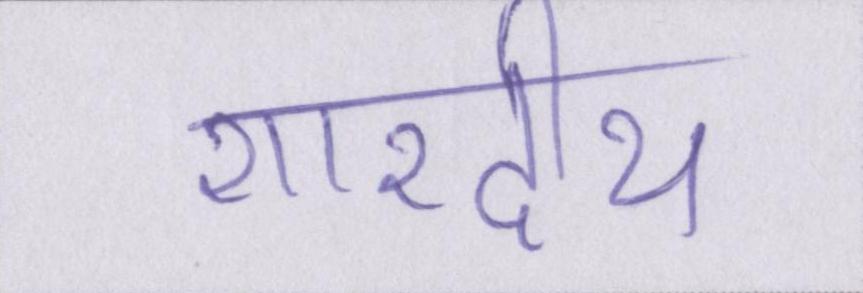
शारदीय